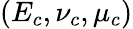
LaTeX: \left(E_{c},\nu_{c},\mu_{c}\right)